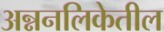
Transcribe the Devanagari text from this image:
अन्ननलिकेतील